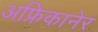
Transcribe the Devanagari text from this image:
अफ्रिकानेर